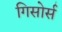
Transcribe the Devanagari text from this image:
गिसोर्स